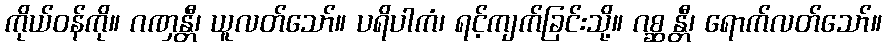
ကိုယ်ဝန်ကို။ ဂဏှန္တီ၊ ယူလတ်သော်။ ပရိပါကံ၊ ရင့်ကျက်ခြင်းသို့။ ဂစ္ဆန္တီ၊ ရောက်လတ်သော်။